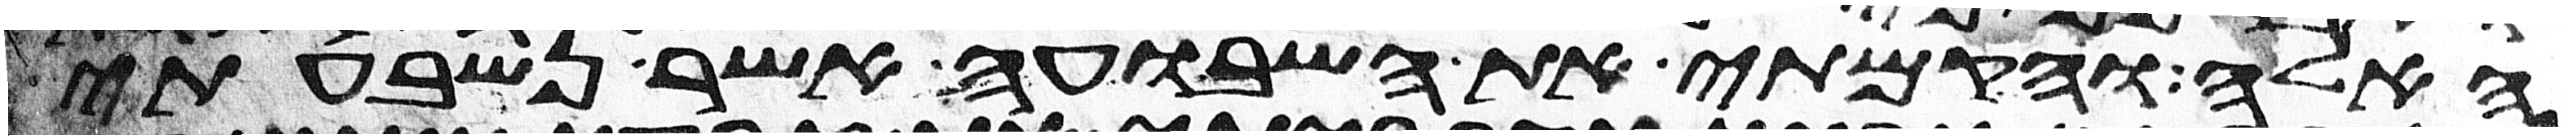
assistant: האלה והקמתי את השבועה אשר נשבעתי